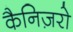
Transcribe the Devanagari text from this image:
कैनिज़रो